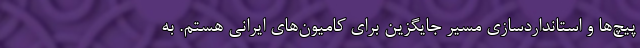
پیچ‌ها و استانداردسازی مسیر جایگزین برای کامیون‌های ایرانی هستم. به